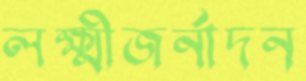
লক্ষ্মীজর্নাদন